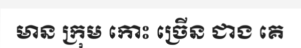
មាន ក្រុម កោះ ច្រើន ជាង គេ